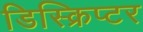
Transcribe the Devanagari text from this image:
डिस्क्रिप्टर